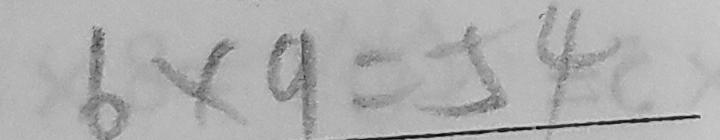
6 \times 9 = 5 4